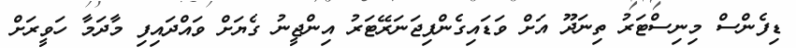
ޑިފެންސް މިނިސްޓަރު ތިނަދޫ އަށް ވަޑައިގެންފިޖަނަރޭޓަރު އިންޖީނު ގެޔަށް ވައްދައިފި މާދަމާ ހަވީރަށް